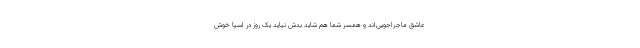
عاشق ماجراجویی‌اند و همسر شما هم شاید بدش نیاید یک روز در اسپا خوش